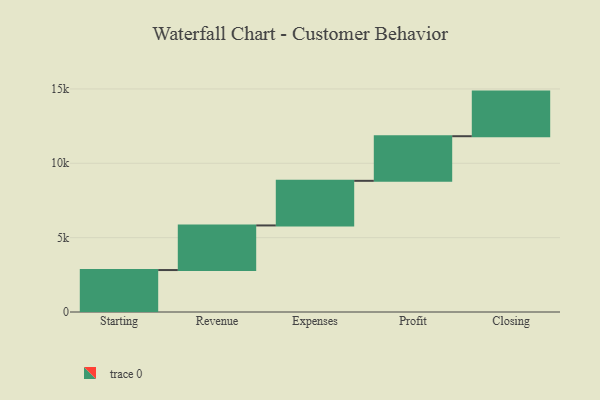
{"axis": {"x": "Step", "y": "Value"}, "legend": [""], "data": [{"x": "Starting", "y": 2821.0, "type": ""}, {"x": "Revenue", "y": 3000, "type": ""}, {"x": "Expenses", "y": 3000, "type": ""}, {"x": "Profit", "y": 3000, "type": ""}, {"x": "Closing", "y": 3000, "type": ""}]}